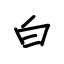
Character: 白